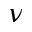
\nu